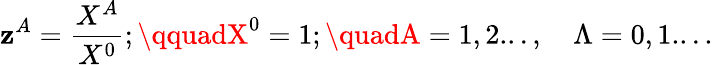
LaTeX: \mathbf{z}^{A}={\frac{{X^{A}}}{{X^{0}}}};\qquadX^{0}=1;\quadA=1,2...,\quad\Lambda=0,1....